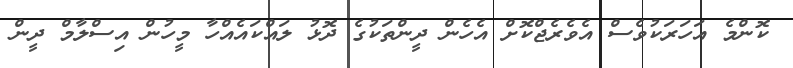
ކޮންމެ އަހަރަކުވެސް އެވެރެޖްކޮށް އެހެން ދީންތަކުގެ ދޮޅު ލައްކައެއްހާ މީހުން އިސްލާމް ދީން